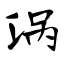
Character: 涡